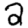
Digit: 2